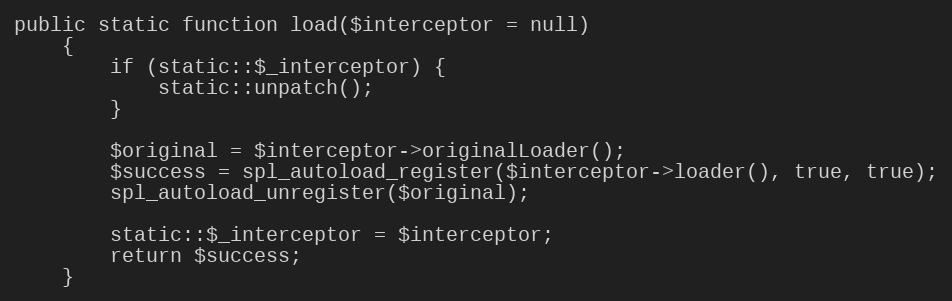
Language: PHP
public static function load($interceptor = null)
    {
        if (static::$_interceptor) {
            static::unpatch();
        }

        $original = $interceptor->originalLoader();
        $success = spl_autoload_register($interceptor->loader(), true, true);
        spl_autoload_unregister($original);

        static::$_interceptor = $interceptor;
        return $success;
    }